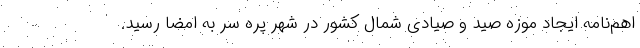
اهم‌نامه ایجاد موزه صید و صیادی شمال کشور در شهر پره سر به امضا رسید.